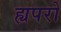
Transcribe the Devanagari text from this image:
ह्यपरो